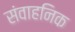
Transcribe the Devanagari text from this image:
संवाहनिक